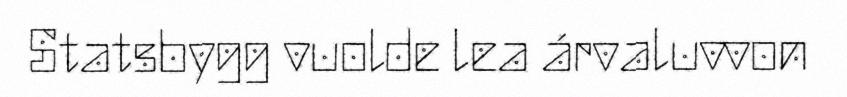
Statsbygg vuolde lea árvaluvvon